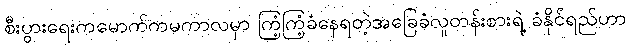
စီးပွားရေးကမောက်ကမကာလမှာ ကြံ့ကြံ့ခံနေရတဲ့အခြေခံလူတန်းစားရဲ့ ခံနိုင်ရည်ဟာ